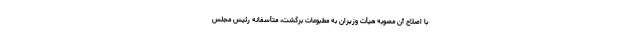
با اصلاح آن مصوبه هیأت وزیران به مطبوعات برگشت، متأسفانه رئیس مجلس